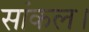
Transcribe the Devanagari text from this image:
सांकल।